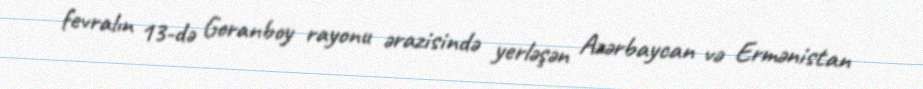
fevralın 13-də Goranboy rayonu ərazisində yerləşən Azərbaycan və Ermənistan